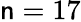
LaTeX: \mathsf{n}=17